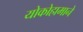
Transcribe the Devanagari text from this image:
योकोहामाने